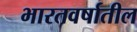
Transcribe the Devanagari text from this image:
भारतवर्षातील